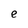
Character: e